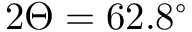
2 \Theta = 6 2 . 8 ^ { \circ }